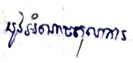
នូវអំណាចតុលាការ